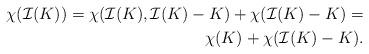
LaTeX: \begin{align*}\chi (\mathcal{I}(K))=\chi (\mathcal{I}(K),\mathcal{I}(K)-K)+\chi (\mathcal{I}(K)-K)= \\\chi (K)+\chi (\mathcal{I}(K)-K).\end{align*}